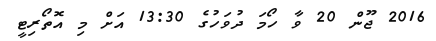
2016 ޖޫން 20 ވާ ހޯމަ ދުވަހުގެ 13:30 އަށް މި އޮތޯރިޓީ